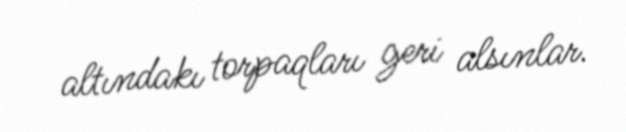
altındakı torpaqları geri alsınlar.